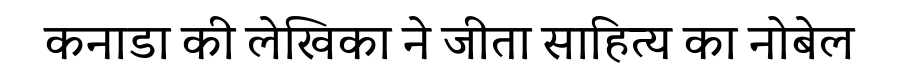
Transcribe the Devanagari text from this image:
कनाडा की लेखिका ने जीता साहित्य का नोबेल